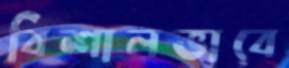
বিশালভাবে